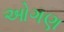
ઓગણ